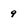
Character: 9